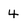
Character: 4